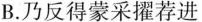
B.乃反得蒙采擢荐进